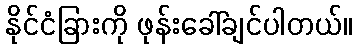
နိုင်ငံခြားကို ဖုန်းခေါ်ချင်ပါတယ်။